Indian journal of veterinary science and animal husbandry - Volume 2,
Year: 1932
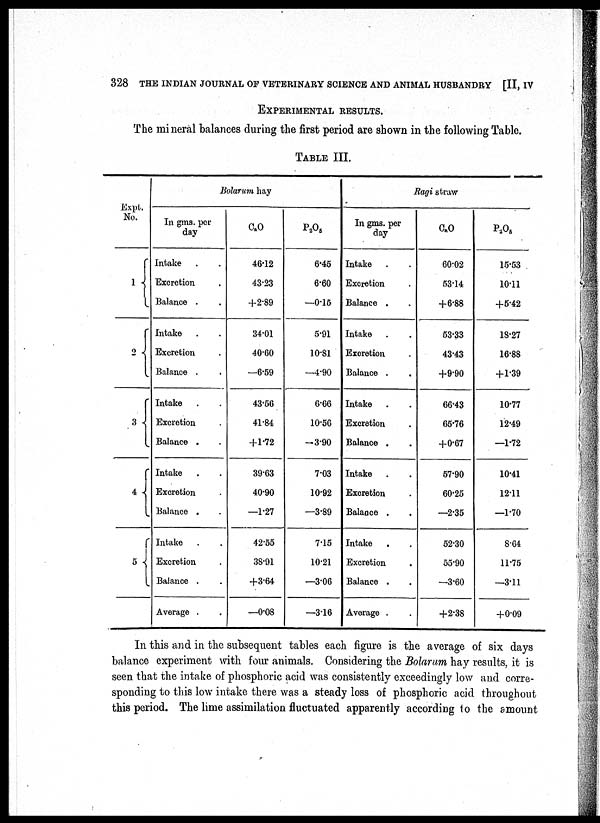
328 THE INDIAN JOURNAL OF VETERINARY SCIENCE AND ANIMAL HUSBANDRY [II, IV
EXPERIMENTAL RESULTS.
The mineral balances during the first period are shown in the following Table.
TABLE III.
Expt..
No.
1 {
2 {
3 {
4 {
5 {
Bolarum hay
In gms. per
day
Intake . .
Excretion .
Balance .
Intake . .
Excretion .
Balance . .
Intake
Excretion
Balance .
Intake . .
Excretion .
Balance . .
Intake . .
Excretion .
Balance . .
Average . .
C a O
46.12
43.23
+2.89
34.01
40.60
—6.59
43.56
41.84
+1.72
39.63
40.90
—1.27
42.55
38.91
+3.64
—0.08
P 2 O 5
6.45
6.60
—0.15
5.91
10.81
—4.90
6.66
10.56
–3.90
7.03
10.92
—3.89
7.15
10.21
—3.06
—3.16
Ragi straw
In gms. per
day
Intake . .
Excretion .
Balance . .
Intake . .
Excretion .
Balance . .
Intake . .
Excretion .
Balance .
Intake . .
Excretion .
Balance . .
Intake . .
Excretion .
Balance . .
Average . .
C a O
60.02
53.14
+6.88
53.33
43.43
+9.90
66.43
65.76
+0.67
57.90
60.25
—2.35
52.30
55.90
—3.60
+2.38
P 2 O 5
15.53
10.11
+5.42
18.27
16.88
+1.39
10.77
12.49
—1.72
10.41
12.11
—1.70
8.64
11.75
—3.11
+0.09
In this and in the subsequent tables each figure is the average of six days
balance experiment with four animals. Considering the Bolarum hay results, it is
seen that the intake of phosphoric acid was consistently exceedingly low and corre-
sponding to this low intake there was a steady loss of phosphoric acid throughout
this period. The lime assimilation fluctuated apparently according to the amount